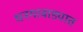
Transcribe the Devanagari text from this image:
धनगरवाड्यात